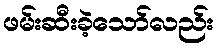
ဖမ်းဆီးခဲ့သော်လည်း